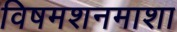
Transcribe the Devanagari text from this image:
विषमशनमाशा